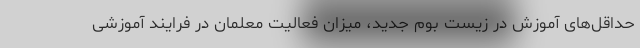
حداقل‌های آموزش در زیست بوم جدید، میزان فعالیت معلمان در فرایند آموزشی